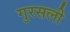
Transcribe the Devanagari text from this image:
गुरसली